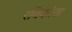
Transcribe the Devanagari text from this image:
रविकांता